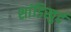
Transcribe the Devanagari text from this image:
शांडिखुर्द